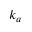
k _ { a }